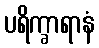
ပရိက္ခာရာနံ